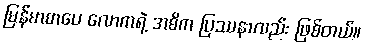
မြန်မာစာပေ လောကရဲ့ အဓိက ပြဿနာလည်း ဖြစ်တယ်။